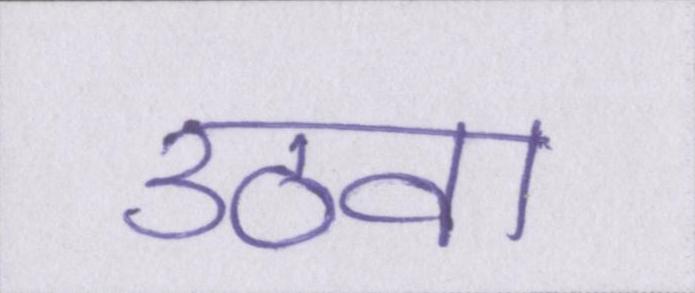
उठवा